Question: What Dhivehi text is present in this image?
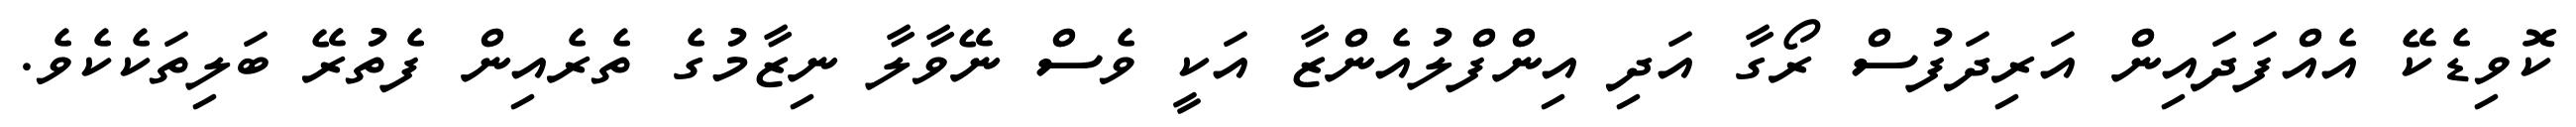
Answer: ކޮވިޑެކޭ އެއްފަދައިން އަރިދަފުސް ރޯގާ އަދި އިންފްލުއެންޒާ އަކީ ވެސް ނޭވާލާ ނިޒާމުގެ ތެރެއިން ފެތުރޭ ބަލިތަކެކެވެ.